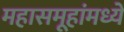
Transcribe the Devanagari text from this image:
महासमूहांमध्ये